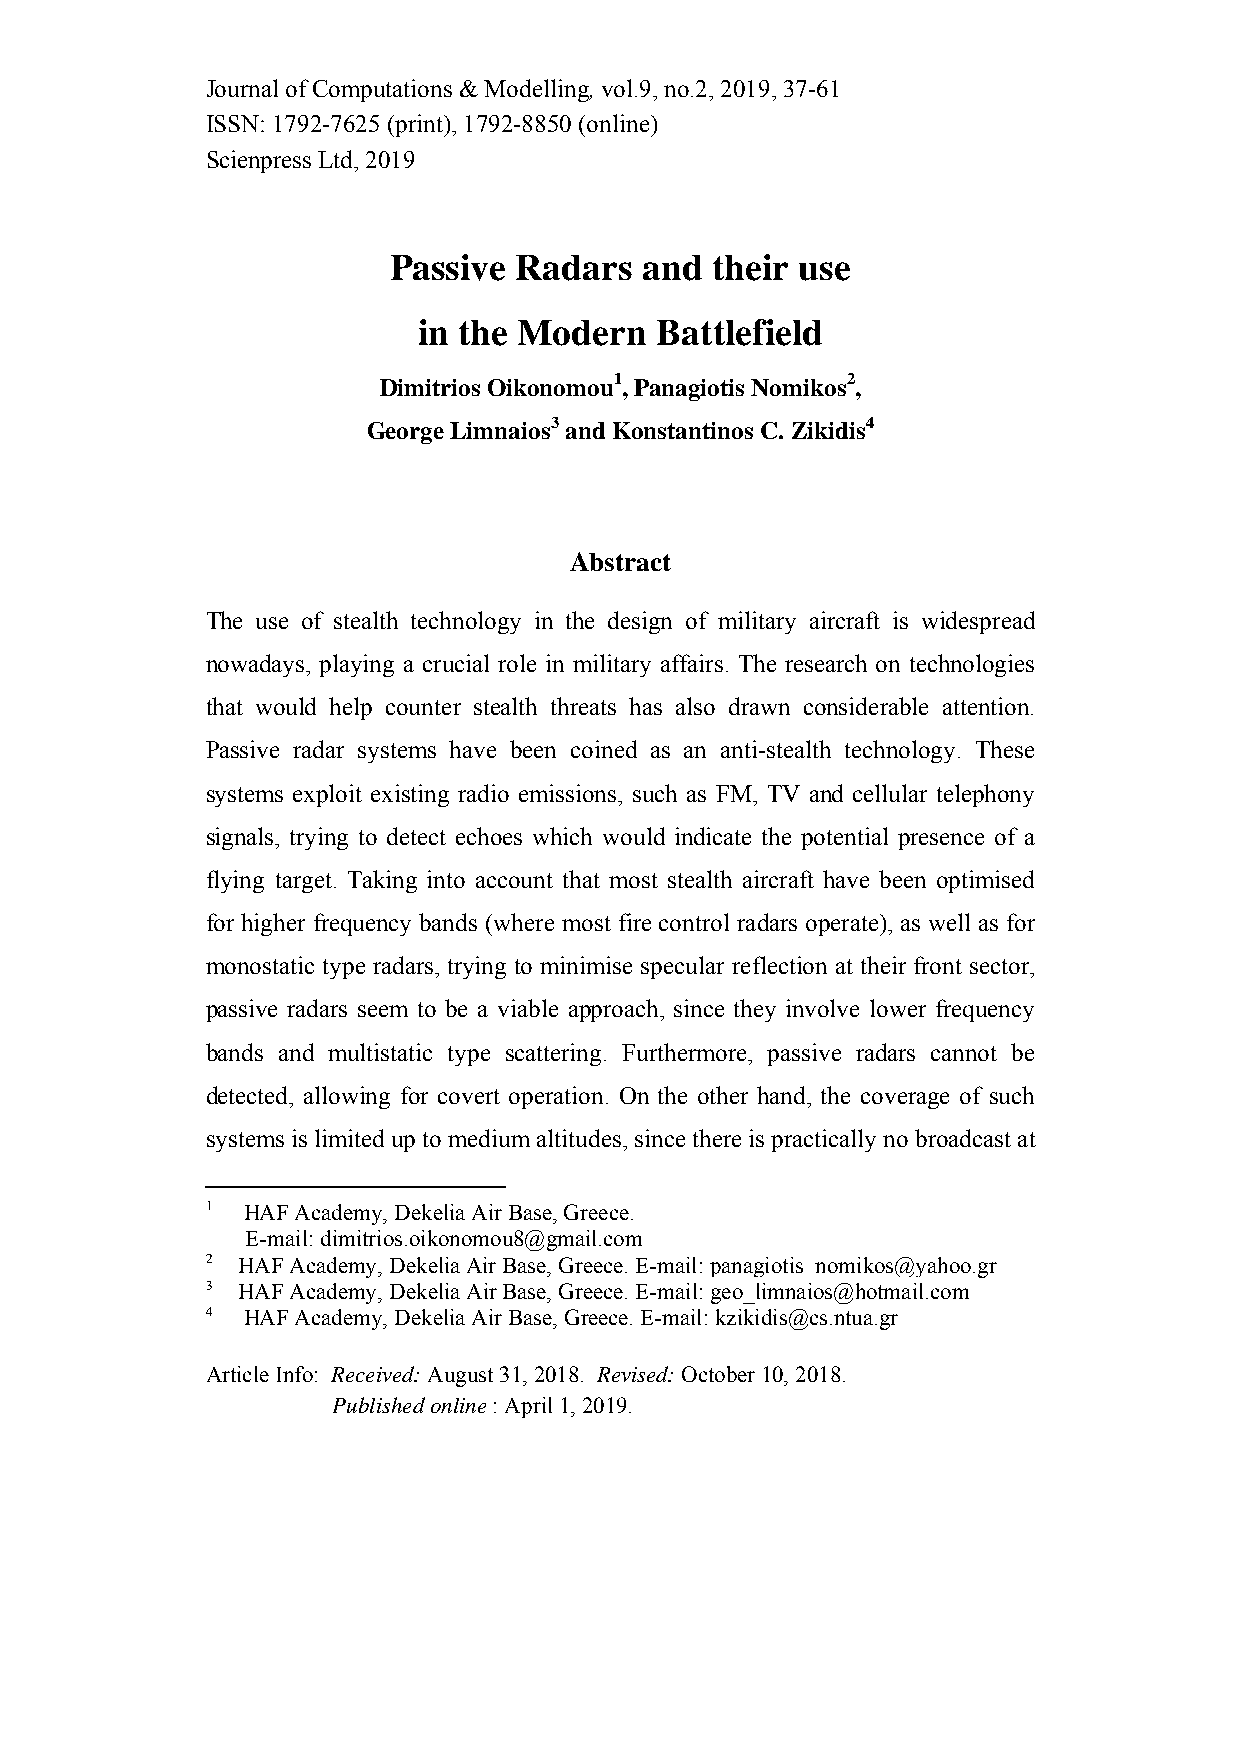
Journal of Computations & Modelling, vol.9, no.2, 2019, 37-61
 ISSN: 1792-7625 (print), 1792-8850 (online)
 Scienpress Ltd, 2019
 Passive Radars  and  their use
 in the Modern  Battlefield
 Dimitrios Oikonomou1, Panagiotis Nomikos2,
 George Limnaios3 and Konstantinos C. Zikidis4
 Abstract
 The use of stealth technology in the design of military aircraft is widespread
 nowadays, playing a crucial role in military affairs. The research on technologies
 that would help counter stealth threats has also drawn considerable attention.
 Passive radar systems have been coined as an anti-stealth technology. These
 systems exploit existing radio emissions, such as FM, TV and cellular telephony
 signals, trying to detect echoes which would indicate the potential presence of a
 flying target. Taking into account that most stealth aircraft have been optimised
 for higher frequency bands (where most fire control radars operate), as well as for
 monostatic type radars, trying to minimise specular reflection at their front sector,
 passive radars seem to be a viable approach, since they involve lower frequency
 bands and multistatic type scattering. Furthermore, passive radars cannot be
 detected, allowing for covert operation. On the other hand, the coverage of such
 systems is limited up to medium altitudes, since there is practically no broadcast at
 1 HAF Academy, Dekelia Air Base, Greece.
 E-mail: dimitrios.oikonomou8@gmail.com
 2 HAF Academy, Dekelia Air Base, Greece. E-mail: panagiotis_nomikos@yahoo.gr
 3 HAF Academy, Dekelia Air Base, Greece. E-mail: geo_limnaios@hotmail.com
 4 HAF Academy, Dekelia Air Base, Greece. E-mail: kzikidis@cs.ntua.gr
 Article Info: Received: August 31, 2018. Revised: October 10, 2018.
 Published online : April 1, 2019.